Annual report of the Punjab Veterinary College and of the Civil Veterinary Department, Punjab - 1920-1925
Year: 1920
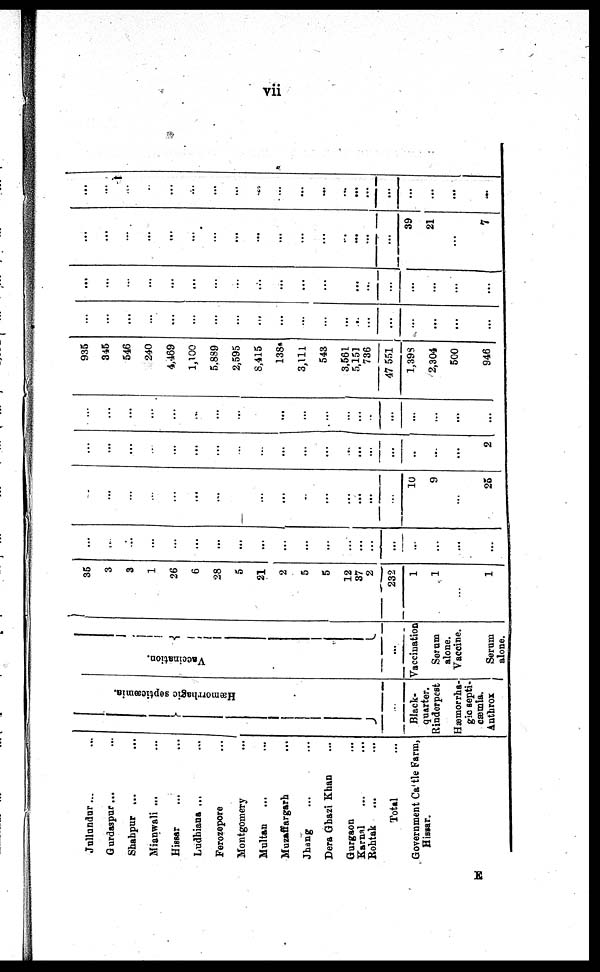
vii
Jullundur... ...
Gurdaspur ... ...
Shahpur ... ...
Mi anwal i ... ...
Hissar ... ...
Ludhiana ... ...
Ferorzepore ...
Mont gomery ...
Multan ... ... ...
Muzaffargarh . . .
Jhang ... ...
Dera Ghazi Khan ...
Gurgaon ...
Karnal ... ...
Rohtak ... ...
Total ...
Government Cattle Farm,
Hissar.
Hæmorrhagic septicæmia.
...
Black-
quarter.
Rinderpest Hæmorrha-
gic septi-
cæmia.
Ant hrox
Va c c i
na t
i
on.
...
Vaccination
Serum
alone.
Vaccine.
Serum
alone.
35
3
3
1
26
6
28
5
21
2
5
5
12
87
2
232
1
1
...
1
...
...
...
...
...
...
...
...
...
...
...
...
...
...
...
...
...
...
...
...
...
...
...
...
...
...
...
...
...
...
...
...
...
...
...
...
10
9
...
25
...
...
...
...
...
...
...
...
...
...
...
...
...
...
...
...
..
...
...
2
...
...
...
...
...
...
...
...
...
...
...
...
...
...
...
...
...
...
...
...
935
345
546
240
4, 469
1, 100
5. 889
2, 595
8, 415
138
3, 111
543
3, 561
5,151
736
47 551
1, 398
2, 304
500
946
...
...
...
...
...
...
...
...
...
...
...
...
...
...
...
...
...
...
...
...
...
...
...
...
...
...
...
...
...
...
...
...
...
...
...
...
...
...
...
...
...
...
...
...
...
...
...
...
...
...
...
...
...
...
...
...
39
21
...
7
...
...
...
...
...
...
...
...
...
...
...
...
...
...
...
...
...
...
...
...
E